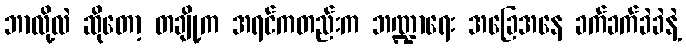
ဘာလို့လဲ ဆိုတော့ တချို့က အရင်ကတည်းက ဘဏ္ဍာရေး အခြေအနေ ခက်ခက်ခဲခဲနဲ့